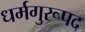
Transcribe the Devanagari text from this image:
धर्मगुरूपद